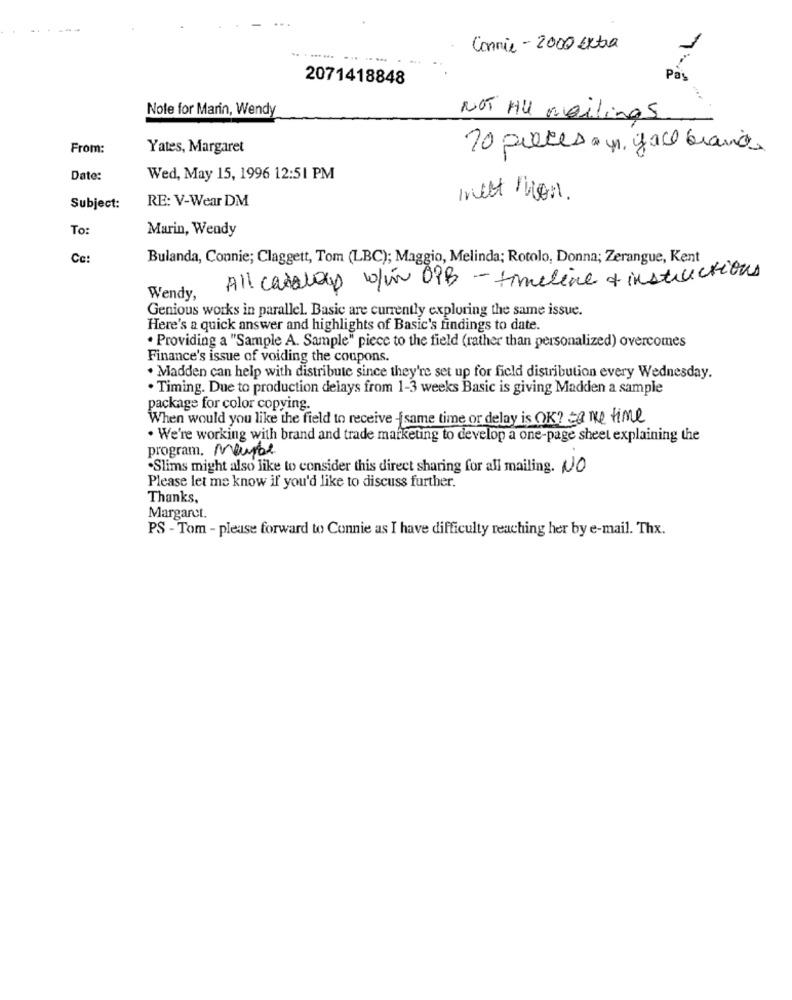
Connie - 2000 Extra
2071418848
Pas
Note for Marin, Wendy
NOT All mailings
From:
Yates, Margaret
20 pieces . p. face brand
Date:
Wed, May 15, 1996 12:51 PM
RE: V-Wear DM
mest mon.
Subject:
To:
Marin, Wendy
Cc:
Bulanda, Connie; Claggett, Tom (LBC); Maggio, Melinda; Rotolo, Donna; Zerangue, Kent
All carlos w/in DiB-timeline & instructions
Wendy,
Genious works in parallel. Basic are currently exploring the same issue.
Here's a quick answer and highlights of Basic's findings to date.
. Providing a "Sample A. Sample" piece to the field (rather than personalized) overcomes
Finance's issue of voiding the coupons.
. Madden can help with distribute since they're set up for field distribution every Wednesday.
. Timing. Due to production delays from 1-3 weeks Basic is giving Madden a sample
package for color copying.
When would you like the field to receive same time or delay is OK? Some time
. We're working with brand and trade marketing to develop a one-page sheet explaining the
program. Maybe
.Slims might also like to consider this direct sharing for all mailing. NO
Please let me know if you'd like to discuss further.
Thanks,
Margaret.
PS - Tom - please forward to Connie as I have difficulty reaching her by e-mail. Thx.